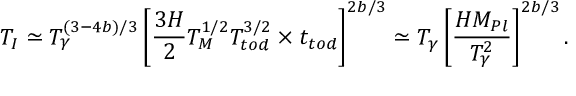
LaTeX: T _ { I } \simeq T _ { \gamma } ^ { ( 3 - 4 b ) / 3 } \left[ \frac { 3 H } 2 T _ { M } ^ { 1 / 2 } T _ { t o d } ^ { 3 / 2 } \times t _ { t o d } \right] ^ { 2 b / 3 } \simeq T _ { \gamma } \left[ \frac { H M _ { P l } } { T _ { \gamma } ^ { 2 } } \right] ^ { 2 b / 3 } .